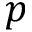
p